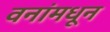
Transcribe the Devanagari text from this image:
वनांमधून